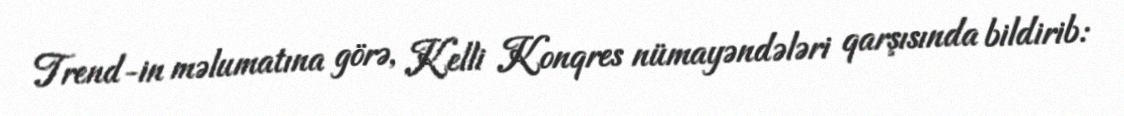
Trend-in məlumatına görə, Kelli Konqres nümayəndələri qarşısında bildirib: